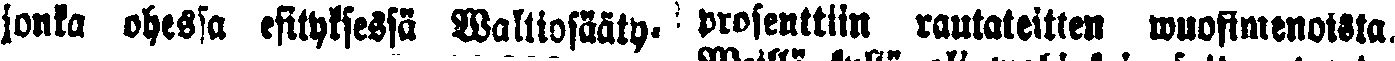
jonka ohessa esityksessä Waltiosääty- prosenttiin rautateitten wuosimenoista.